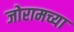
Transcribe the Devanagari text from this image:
जोरामच्या